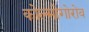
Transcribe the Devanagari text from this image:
कोल्मोगोरोव